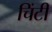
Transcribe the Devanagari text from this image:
चिंटी